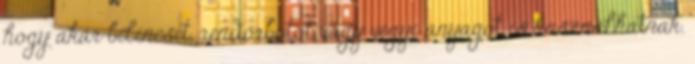
hogy akár bilincset, rendőrbotot vagy vegyi anyagot is használhatnak.